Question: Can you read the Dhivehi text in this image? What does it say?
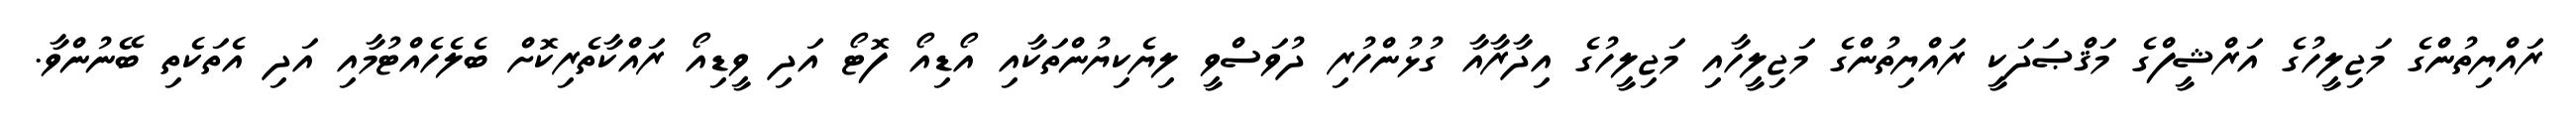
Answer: ރައްޔިތުންގެ މަޖިލީހުގެ އަރްޝީފްގެ މަޤްޞަދަކީ ރައްޔިތުންގެ މަޖިލީހާއި މަޖިލީހުގެ އިދާރާއާ ގުޅުންހުރި ދުވަސްވީ ލިޔެކިޔުންތަކާއި އޯޑިއޯ ފޮޓޯ އަދި ވީޑިއޯ ރައްކާތެރިކޮށް ބެލެހެއްޓުމާއި އަދި އެތަކެތި ބޭނުންވާ.